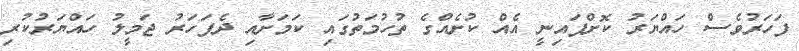
ފަހަރުވެސް ހައްޔަރު ކޮށްފައިނީ އެއް ކުށެއްގެ ތުހުމަތުގައި ކަމަށާއި ދެފަހަރު ޖަމީލު ހައްޔަރުކުރި